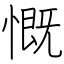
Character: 慨